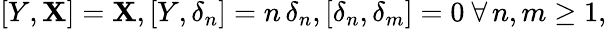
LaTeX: [Y,\mathbf{X}]=\mathbf{X},[Y,\delta_{n}]=n\, \delta_{n},[\delta_{n},\delta_{m}]=0\ \forall\, n,m\geq1,